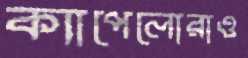
ক্যাপেলোরাও